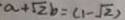
a + \sqrt { 2 } b = ( 1 - \sqrt { 2 } )